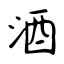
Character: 酒